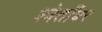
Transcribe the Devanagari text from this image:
श्वेताँबर